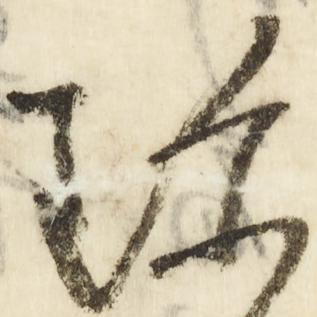
珍